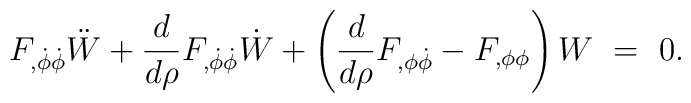
F_{,\dot{\phi}\dot{\phi}} \ddot{W} + {d \over d\rho} F_{,\dot{\phi} \dot{\phi}} \dot{W} + \left( {d \over d\rho} F_{,\phi \dot{\phi}} - F_{,\phi \phi} \right) W~=~0.